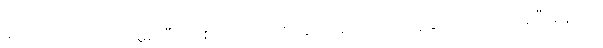
ခင်လှလှသည် ဗိုလ်မှူးကြီး တစ်ယောက်လို အလားအလာ ရှိသူနှင့် လက်ထပ်ခဲ့ပြီးနောက်